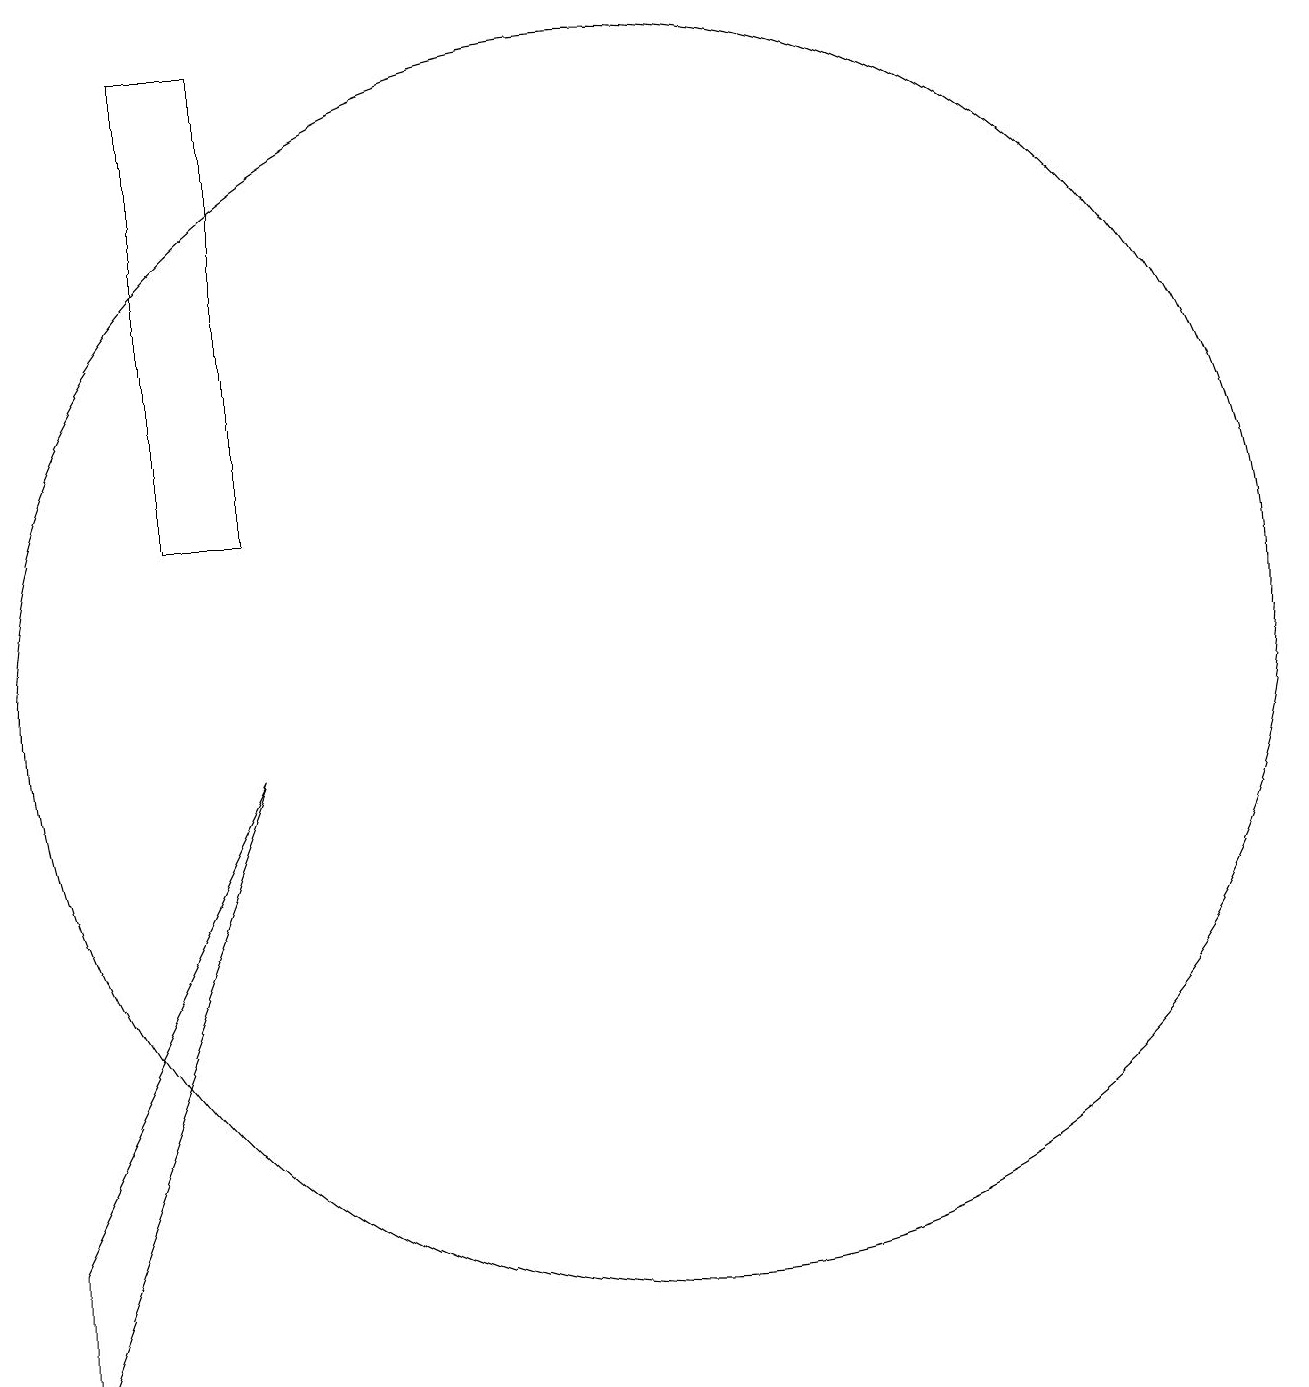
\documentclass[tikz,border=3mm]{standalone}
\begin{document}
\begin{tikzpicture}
\draw (10,10) circle (8);
\draw (5,18) rectangle (4,12);
\draw (5,9) -- (2,1) -- (2,3) -- cycle;
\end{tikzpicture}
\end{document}